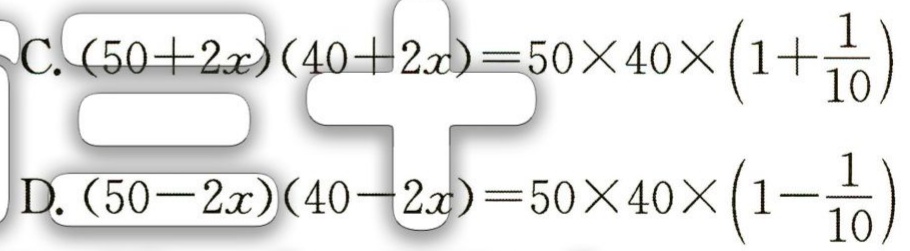
C. \((50 + 2x)(40 + 2x)=50\times40\times\left(1+\frac{1}{10}\right)\)
D. \((50 - 2x)(40 - 2x)=50\times40\times\left(1-\frac{1}{10}\right)\)